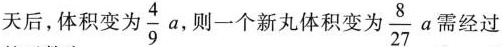
天后，体积变为 \frac{4}{9}a ，则一个新丸体积变为\frac{8}{27}a需经过